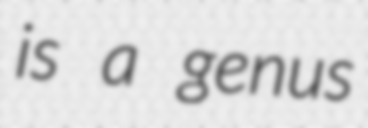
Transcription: is a genus